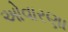
ઓવારણા